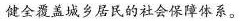
健全覆盖城乡居民的社会保障体系。